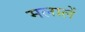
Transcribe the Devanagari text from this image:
मलालें